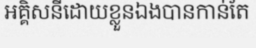
អគ្គិសនីដោយខ្លួនឯងបានកាន់តែ